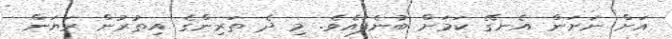
އަށް ނަށަން އެނގޭ ކަމަށް ބުނެފައެވެ. މި ދެ ތަރިންގެ އިތުރުން ރަޔަން